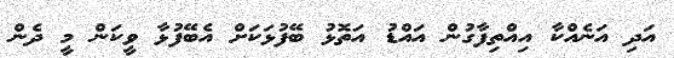
އަދި އަނެއްކާ އިއްތިފާގުން އައްޑު އަތޮޅު ބޭފުޅަކަށް އެބޭފުޅާ ވީކަން މީ ދެން